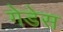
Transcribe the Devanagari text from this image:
गेडेस